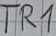
Text: TR1